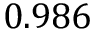
0 . 9 8 6